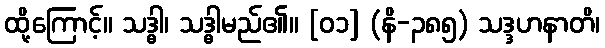
ထို့ကြောင့်။ သဒ္ဓါ၊ သဒ္ဓါမည်၏။ [၀၁] (နိ-၃၈၅) သဒ္ဒဟနာတိ၊